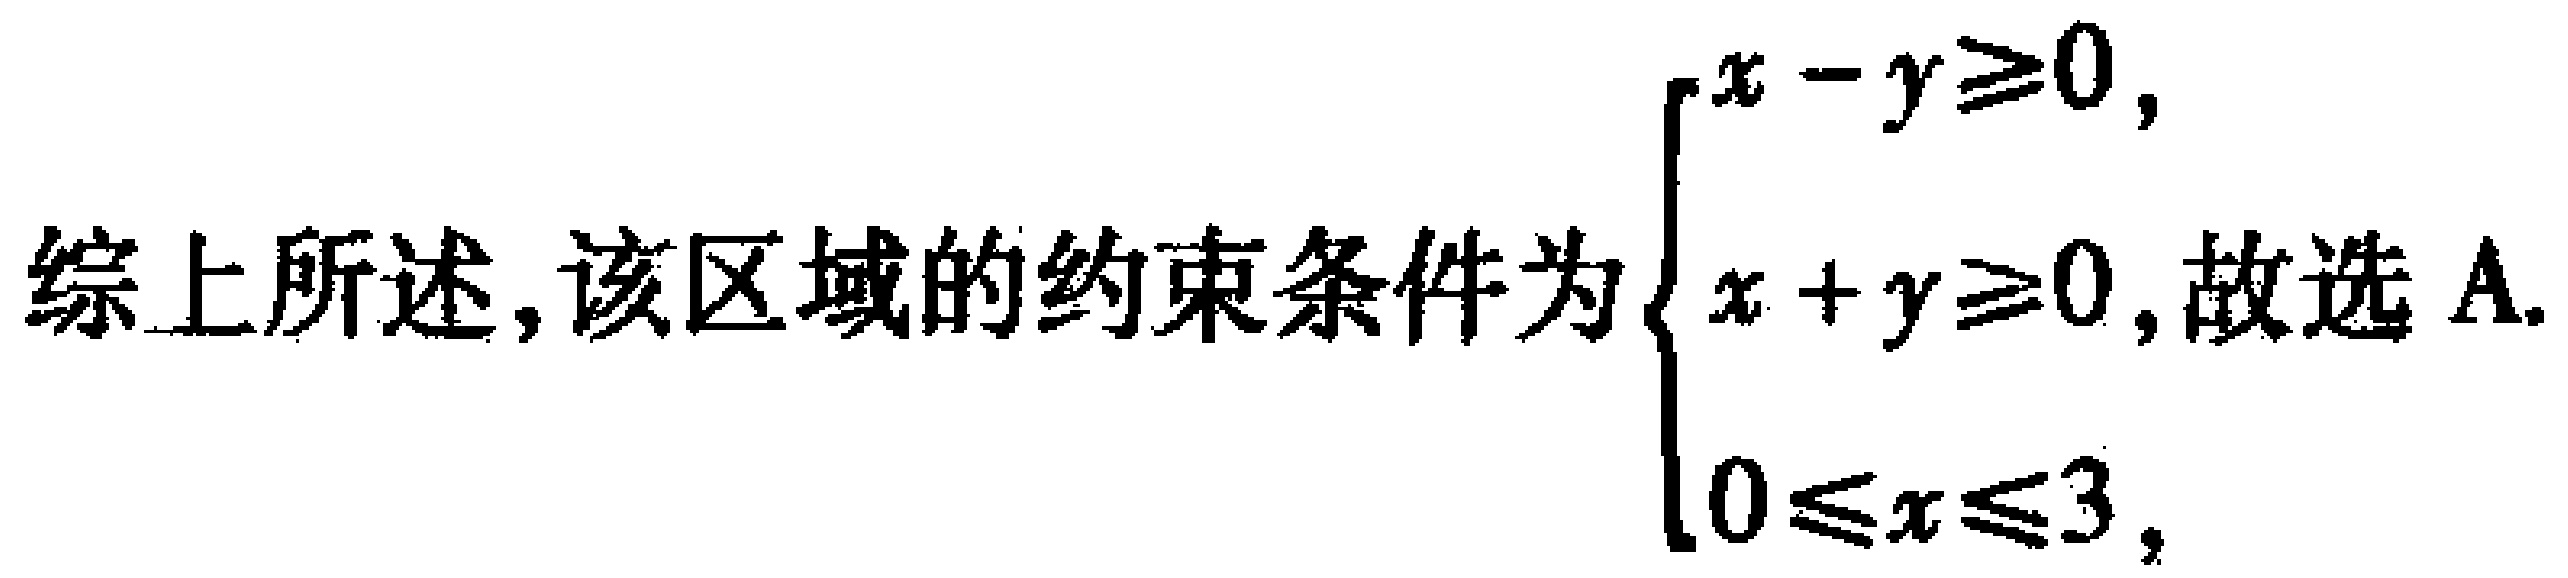
综上所述,该区域的约束条件为$\begin{cases}x - y\geqslant0,\\x + y\geqslant0,\\0\leqslant x\leqslant3,\end{cases}$故选 A.